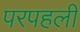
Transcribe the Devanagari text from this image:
परपहली